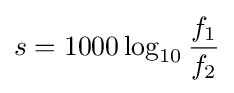
s=1000\log _{10}{\frac {f_{1}}{f_{2}}}